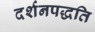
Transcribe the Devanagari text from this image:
दर्शनपद्धति